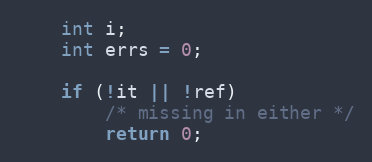
Language: C
	int i;
	int errs = 0;

	if (!it || !ref)
		/* missing in either */
		return 0;